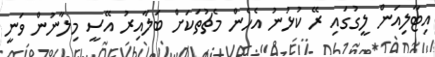
އިޓާލިއަން ލީގުގައި ރޭ ކުޅުނު އެހެން މެޗުތަކަށް ބަލާއިރު އޭސީ މިލާނުން ވަނީ